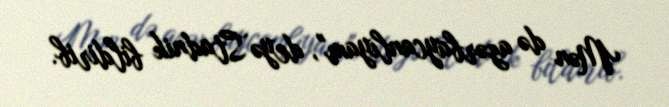
Mən də azərbaycanlıyam", deyə Stadnik bildirib.